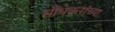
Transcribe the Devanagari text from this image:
सौंधेकरांच्या